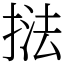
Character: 𭡚